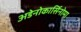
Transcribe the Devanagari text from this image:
अडेनोकार्सिनोमा